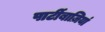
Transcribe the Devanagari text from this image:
पार्टीबाज़ियां